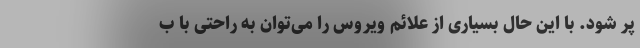
پر شود. با این حال بسیاری از علائم ویروس را می‌توان به راحتی با ب